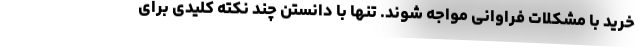
خرید با مشکلات فراوانی مواجه شوند. تنها با دانستن چند نکته کلیدی برای